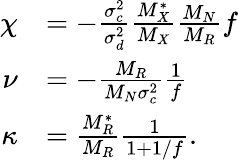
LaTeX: \begin{array}{rl}{\chi}&{=-\frac{\sigma_{c}^{2}}{\sigma_{d}^{2}}\frac{M_{X}^{*}}{M_{X}}\frac{M_{N}}{M_{R}}f}\\ {\nu}&{=-\frac{M_{R}}{M_{N}\sigma_{c}^{2}}\frac{1}{f}}\\ {\kappa}&{=\frac{M_{R}^{*}}{M_{R}}\frac{1}{1+1/f}.}\end{array}